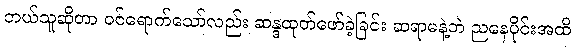
ဘယ်သူဆိုတာ ဝင်ရောက်သော်လည်း ဆန္ဒထုတ်ဖော်ခဲ့ခြင်း ဆရာမနဲ့ဘဲ ညနေပိုင်းအထိ